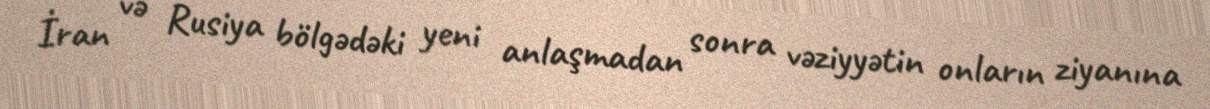
İran və Rusiya bölgədəki yeni anlaşmadan sonra vəziyyətin onların ziyanına